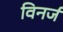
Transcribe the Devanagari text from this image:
विनर्ज